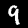
Digit: 9